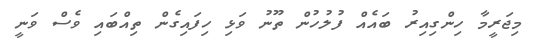
މިޖަރީމާ ހިންގިއިރު ބައެއް ފުލުހުން ތޫނު ވަޅި ހިފައިގެން ތިއްބައި ވެސް ވަނީ